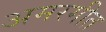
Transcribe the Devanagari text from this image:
अमरगीत